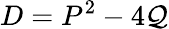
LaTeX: D=P^{2}-4\mathcal{Q}